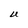
Character: U